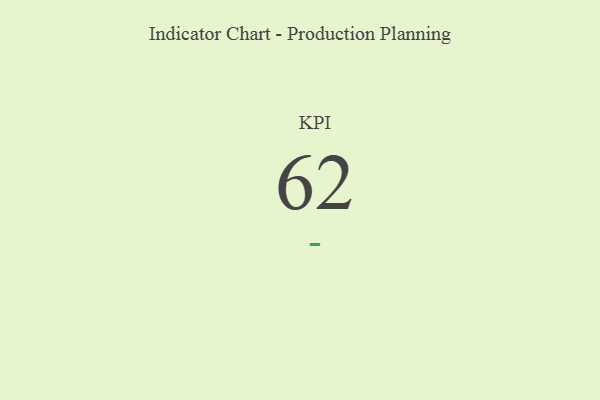
{"axis": {"x": "KPI", "y": "Value"}, "legend": [""], "data": [{"x": "KPI", "y": 62, "type": ""}]}